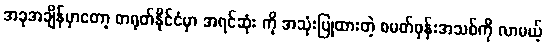
အခုအချိန်မှာတော့ တရုတ်နိုင်ငံမှာ အရင်ဆုံး ကို အသုံးပြုထားတဲ့ စမတ်ဖုန်းအသစ်ကို လာမယ့်